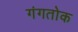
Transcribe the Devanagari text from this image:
गंगतोक